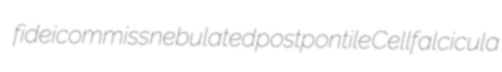
fideicommiss nebulated postpontile Cellfalcicula